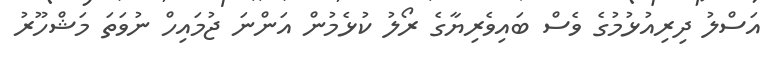
އަސްލު ދިރިއުޅުމުގެ ވެސް ބައިވެރިޔާގެ ރޯލު ކުޅެމުން އަންނަ ޖުމައިހް ނުވަތަ މަޝްހޫރު